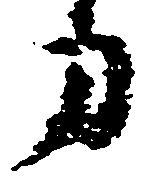
寅